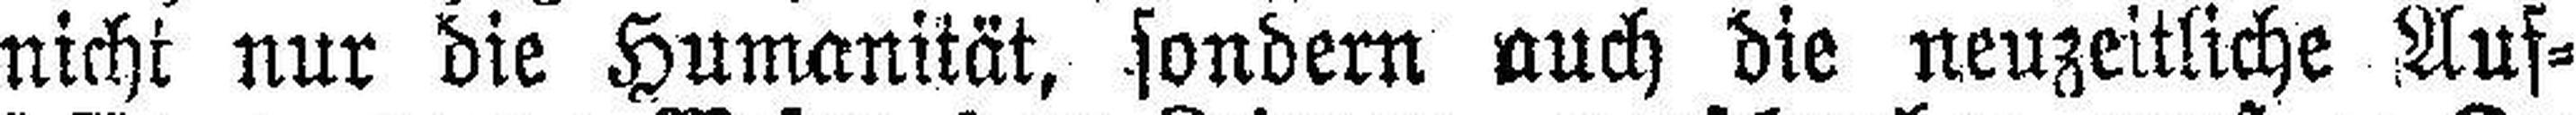
nicht nur die Humanität, sondern auch die neuzeitliche Auf¬